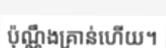
ប៉ុណ្ណឹងគ្រាន់ហើយ។